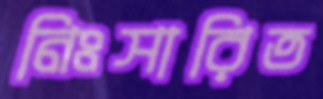
নিঃসারিত